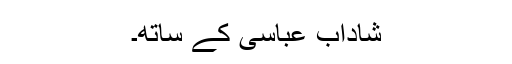
شاداب عباسی کے ساتھ۔